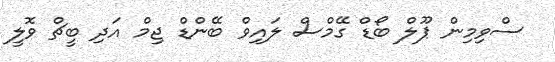
ސްވިމިން ޕޫލް ބޯޑް ގޭމްސް ލައިވް ބޭންޑް ޖިމް އަދި ބީޗް ވޮލީ